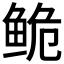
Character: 𬶏